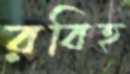
রবিহ